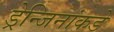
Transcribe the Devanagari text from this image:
ड्रेन्जिनांकडे